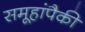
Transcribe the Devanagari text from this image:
समूहांपैकी